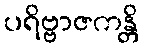
ပရိဗ္ဗာဇကန္တိ